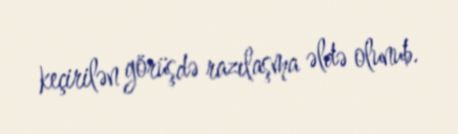
keçirilən görüşdə razılaşma əldə olunub.